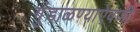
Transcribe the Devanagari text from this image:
गुंडाळण्याऐवजी